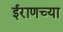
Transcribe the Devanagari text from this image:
ईराणच्या